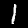
Label: 1